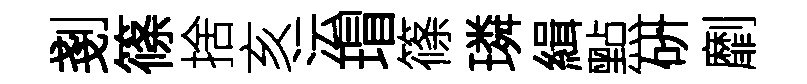
剗篠捨亥沄瑁篠璘緝㸃硏劘